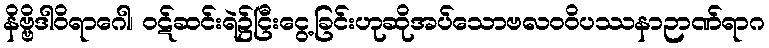
နိဗ္ဗိဒါဝိရာဂေါ၊ ဝဋ်ဆင်းရဲ၌ငြီးငွေ့ခြင်းဟုဆိုအပ်သောဗလဝဝိပဿနာဉာဏ်ရာဂ